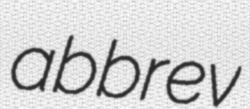
abbrev